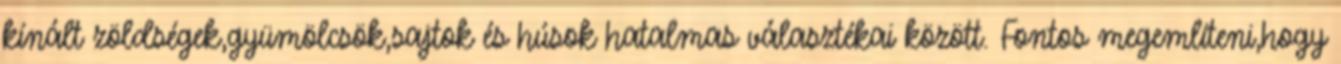
kínált zöldségek,gyümölcsök,sajtok és húsok hatalmas választékai között. Fontos megemlíteni,hogy